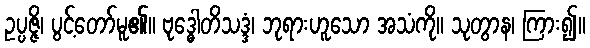
ဥပ္ပဇ္ဇိ၊ ပွင့်တော်မူ၏။ ဗုဒ္ဓေါတိသဒ္ဒံ၊ ဘုရားဟူသော အသံကို။ သုတွာန၊ ကြား၍။